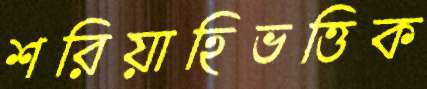
শরিয়াহিভত্তিক